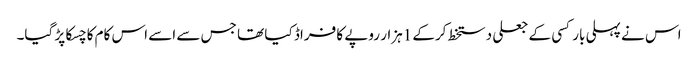
اس نے پہلی بار کسی کے جعلی دستخط کرکے 1ہزار روپے کا فراڈ کیا تھا جس سے اسے اس کام کا چسکا پڑ گیا۔